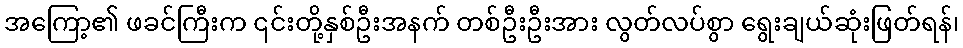
အကြော့၏ ဖခင်ကြီးက ၎င်းတို့နှစ်ဦးအနက် တစ်ဦးဦးအား လွတ်လပ်စွာ ရွေးချယ်ဆုံးဖြတ်ရန်၊